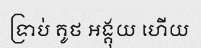
ទ្រាប់ គូថ អង្គុយ ហើយ